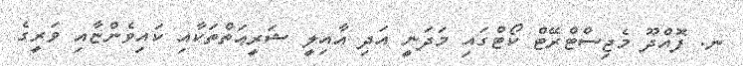
ނ. ފޮއްދޫ މެޖިސްޓްރޭޓް ކޯޓްގައި މަދަނީ އަދި އާއިލީ ޝަރީޢަތްތަކާއި ކައިވެންޏާއި ވަރީގެ